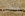
نحن